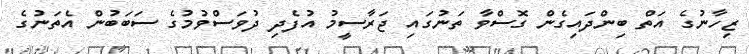
ޒިހާނުގެ އަތް ބިންދައިގެން ގޮސްވާ ތަނުގައި ޖަރާސީމު އުފެދި ދުވަސްވުމުގެ ސަބަބުން އެތަނުގެ